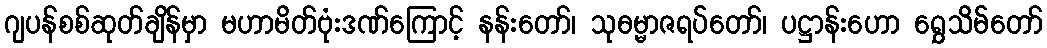
ဂျပန်စစ်ဆုတ်ချိန်မှာ မဟာမိတ်ဗုံးဒဏ်ကြောင့် နန်းတော်၊ သုဓမ္မာဇရပ်တော်၊ ပဋ္ဌာန်းဟော ရွှေသိမ်တော်